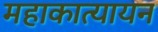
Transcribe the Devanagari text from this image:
महाकात्यायन